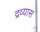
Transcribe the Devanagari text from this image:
द्रव्यास